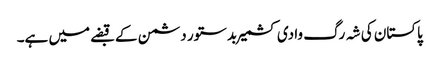
پاکستان کی شہ رگ وادی کشمیر بدستور دشمن کے قبضے میں ہے۔